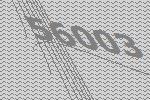
56003